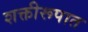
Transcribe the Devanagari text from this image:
शक्तीरूपात